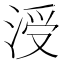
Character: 涭